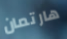
هارتمان